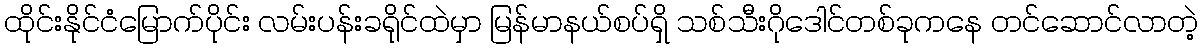
ထိုင်းနိုင်ငံမြောက်ပိုင်း လမ်းပန်းခရိုင်ထဲမှာ မြန်မာနယ်စပ်ရှိ သစ်သီးဂိုဒေါင်တစ်ခုကနေ တင်ဆောင်လာတဲ့